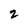
Character: 2